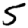
Digit: 5